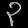
Digit: ၃